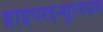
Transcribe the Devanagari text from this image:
हाइपरइन्सुलिज़म